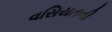
વસિયતની